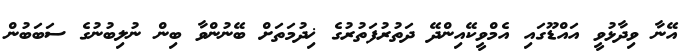
އޭނާ ވިދާޅުވީ އައްޑޫގައި އެމްވީކޭއިންދޭ ދަތުރުފަތުރުގެ ޚިދުމަތަށް ބޭނުންވާ ބިން ނުލިބުނުގެ ސަބަބުން